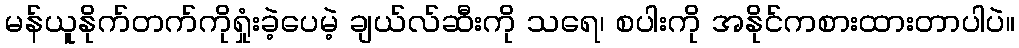
မန်ယူနိုက်တက်ကိုရှုံးခဲ့ပေမဲ့ ချယ်လ်ဆီးကို သရေ၊ စပါးကို အနိုင်ကစားထားတာပါပဲ။